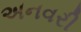
અનવરી